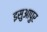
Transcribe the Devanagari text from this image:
इसुआपुर